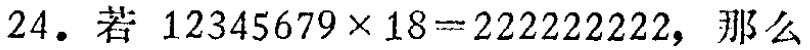
24. 若 \(12345679\times18 = 222222222\)，那么